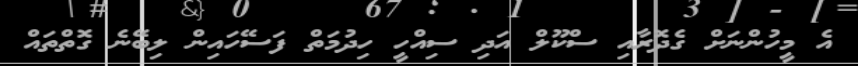
އެ މީހުންނަށް ގެދޮރާއި ސްކޫލް އަދި ސިއްހީ ހިދުމަތް ފަސޭހައިން ލިބޭނެ ގޮތްތައް